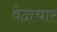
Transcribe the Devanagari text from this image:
वेदाचार